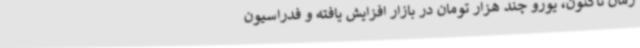
زمان تاکنون، یورو چند هزار تومان در بازار افزایش یافته و فدراسیون